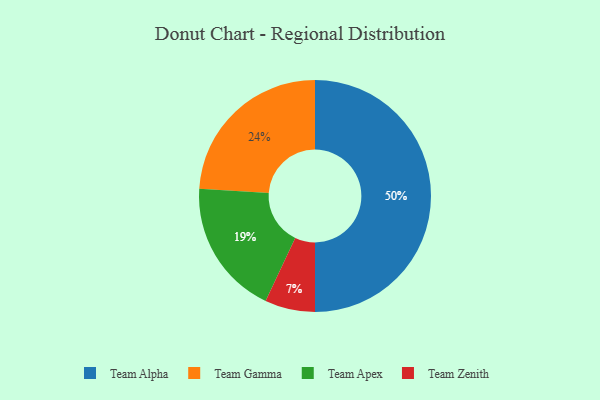
{"axis": {"x": "Category", "y": "Percentage"}, "legend": ["Team Alpha", "Team Apex", "Team Gamma", "Team Zenith"], "data": [{"x": "Team Gamma", "y": 24, "type": "Team Gamma"}, {"x": "Team Alpha", "y": 50, "type": "Team Alpha"}, {"x": "Team Zenith", "y": 7, "type": "Team Zenith"}, {"x": "Team Apex", "y": 19, "type": "Team Apex"}]}